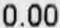
0.00